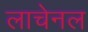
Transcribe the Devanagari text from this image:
लाचेनल